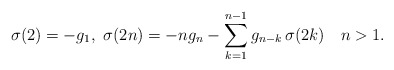
\begin{align*}\sigma(2)=-g_{1},\ \sigma(2n)=-ng_{n}-\sum_{k=1}^{n-1}g_{n-k}\,\sigma(2k)\ \ \ n>1.\end{align*}